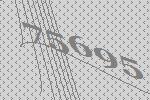
75695